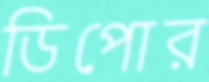
ডিপোর